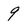
Character: 9